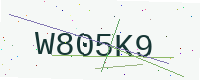
Text: W805K9